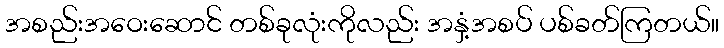
အစည်းအဝေးဆောင် တစ်ခုလုံးကိုလည်း အနှံ့အစပ် ပစ်ခတ်ကြတယ်။